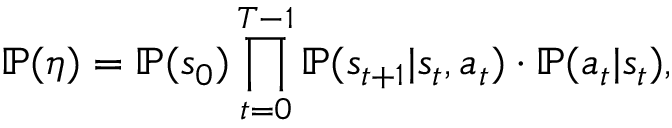
\mathbb P ( \eta ) = \mathbb P ( s _ { 0 } ) \prod _ { t = 0 } ^ { T - 1 } \mathbb P ( s _ { t + 1 } \vert s _ { t } , a _ { t } ) \cdot \mathbb P ( a _ { t } \vert s _ { t } ) ,